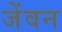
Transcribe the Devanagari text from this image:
जेंवन